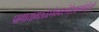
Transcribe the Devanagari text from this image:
प्राणायामशतैरनेककरणैर्दुःखात्मकैर्दुजर्यैः